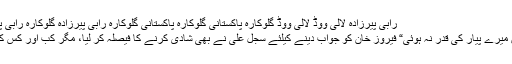
رابی پیرزادہ لالی ووڈ لالی ووڈ گلوکارہ پاکستانی گلوکارہ پاکستانی گلوکارہ رابی پیرزادہ گلوکارہ رابی پیرزادہ
”تمہیں میرے پیار کی قدر نہ ہوئی“ فیروز خان کو جواب دینے کیلئے سجل علی نے بھی شادی کرنے کا فیصلہ کر لیا، مگر کب اور کس کیساتھ؟